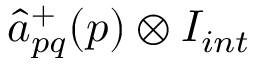
{ \hat { a } } _ { p q } ^ { + } ( \boldsymbol { p } ) \otimes I _ { i n t }